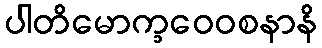
ပါတိမောက္ခဝေဝစနာနိ